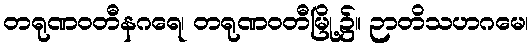
တရုဏဝတီနဂရေ၊ တရုဏဝတီမြို့၌။ ဉာတိသဟဂမေ၊